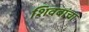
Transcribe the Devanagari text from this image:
शिवबांचा